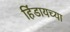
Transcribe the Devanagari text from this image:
हिंडायच्या